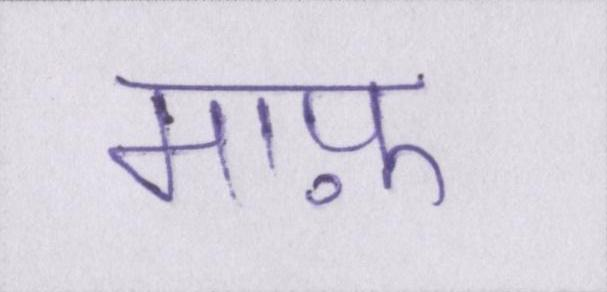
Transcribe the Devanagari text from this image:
माफ़